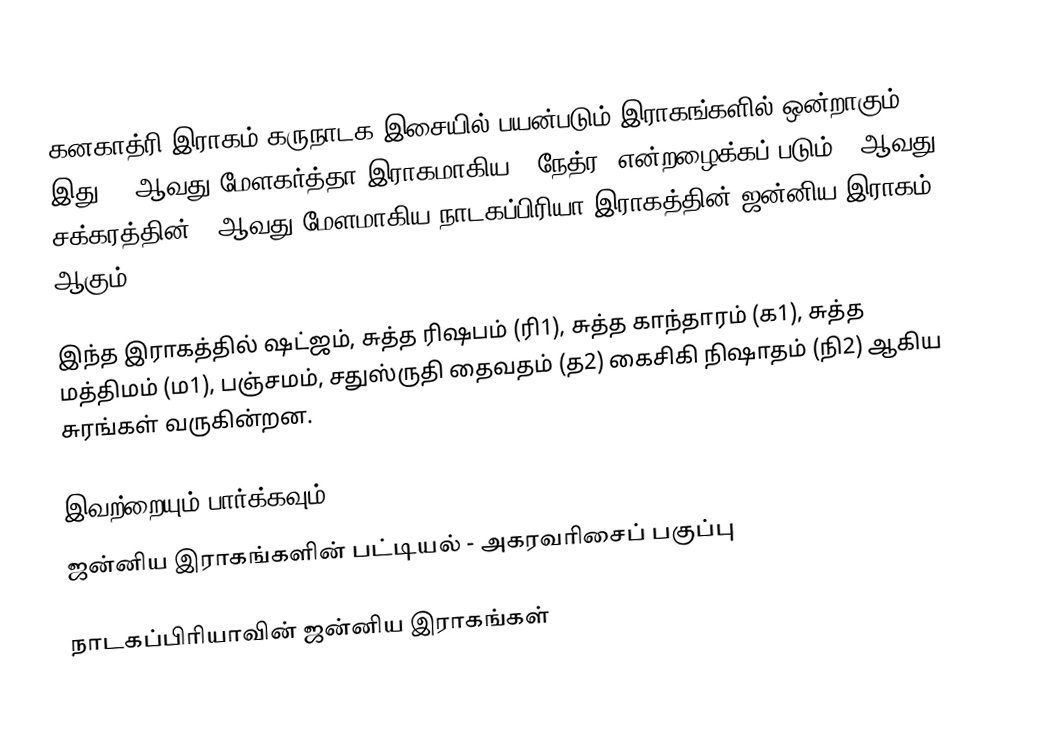
கனகாத்ரி இராகம் கருநாடக இசையில் பயன்படும் இராகங்களில் ஒன்றாகும். இது 10 ஆவது மேளகர்த்தா இராகமாகிய, "நேத்ர" என்றழைக்கப் படும் 2 ஆவது சக்கரத்தின் 4 ஆவது மேளமாகிய நாடகப்பிரியா இராகத்தின் ஜன்னிய இராகம் ஆகும்.

இந்த இராகத்தில் ஷட்ஜம், சுத்த ரிஷபம் (ரி1),  சுத்த காந்தாரம் (க1), சுத்த மத்திமம் (ம1), பஞ்சமம்,  சதுஸ்ருதி தைவதம் (த2) கைசிகி நிஷாதம்  (நி2) ஆகிய சுரங்கள் வருகின்றன.

இவற்றையும் பார்க்கவும்
 ஜன்னிய இராகங்களின் பட்டியல் - அகரவரிசைப் பகுப்பு

நாடகப்பிரியாவின் ஜன்னிய இராகங்கள்